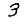
Digit: 3